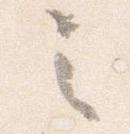
之